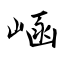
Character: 崡